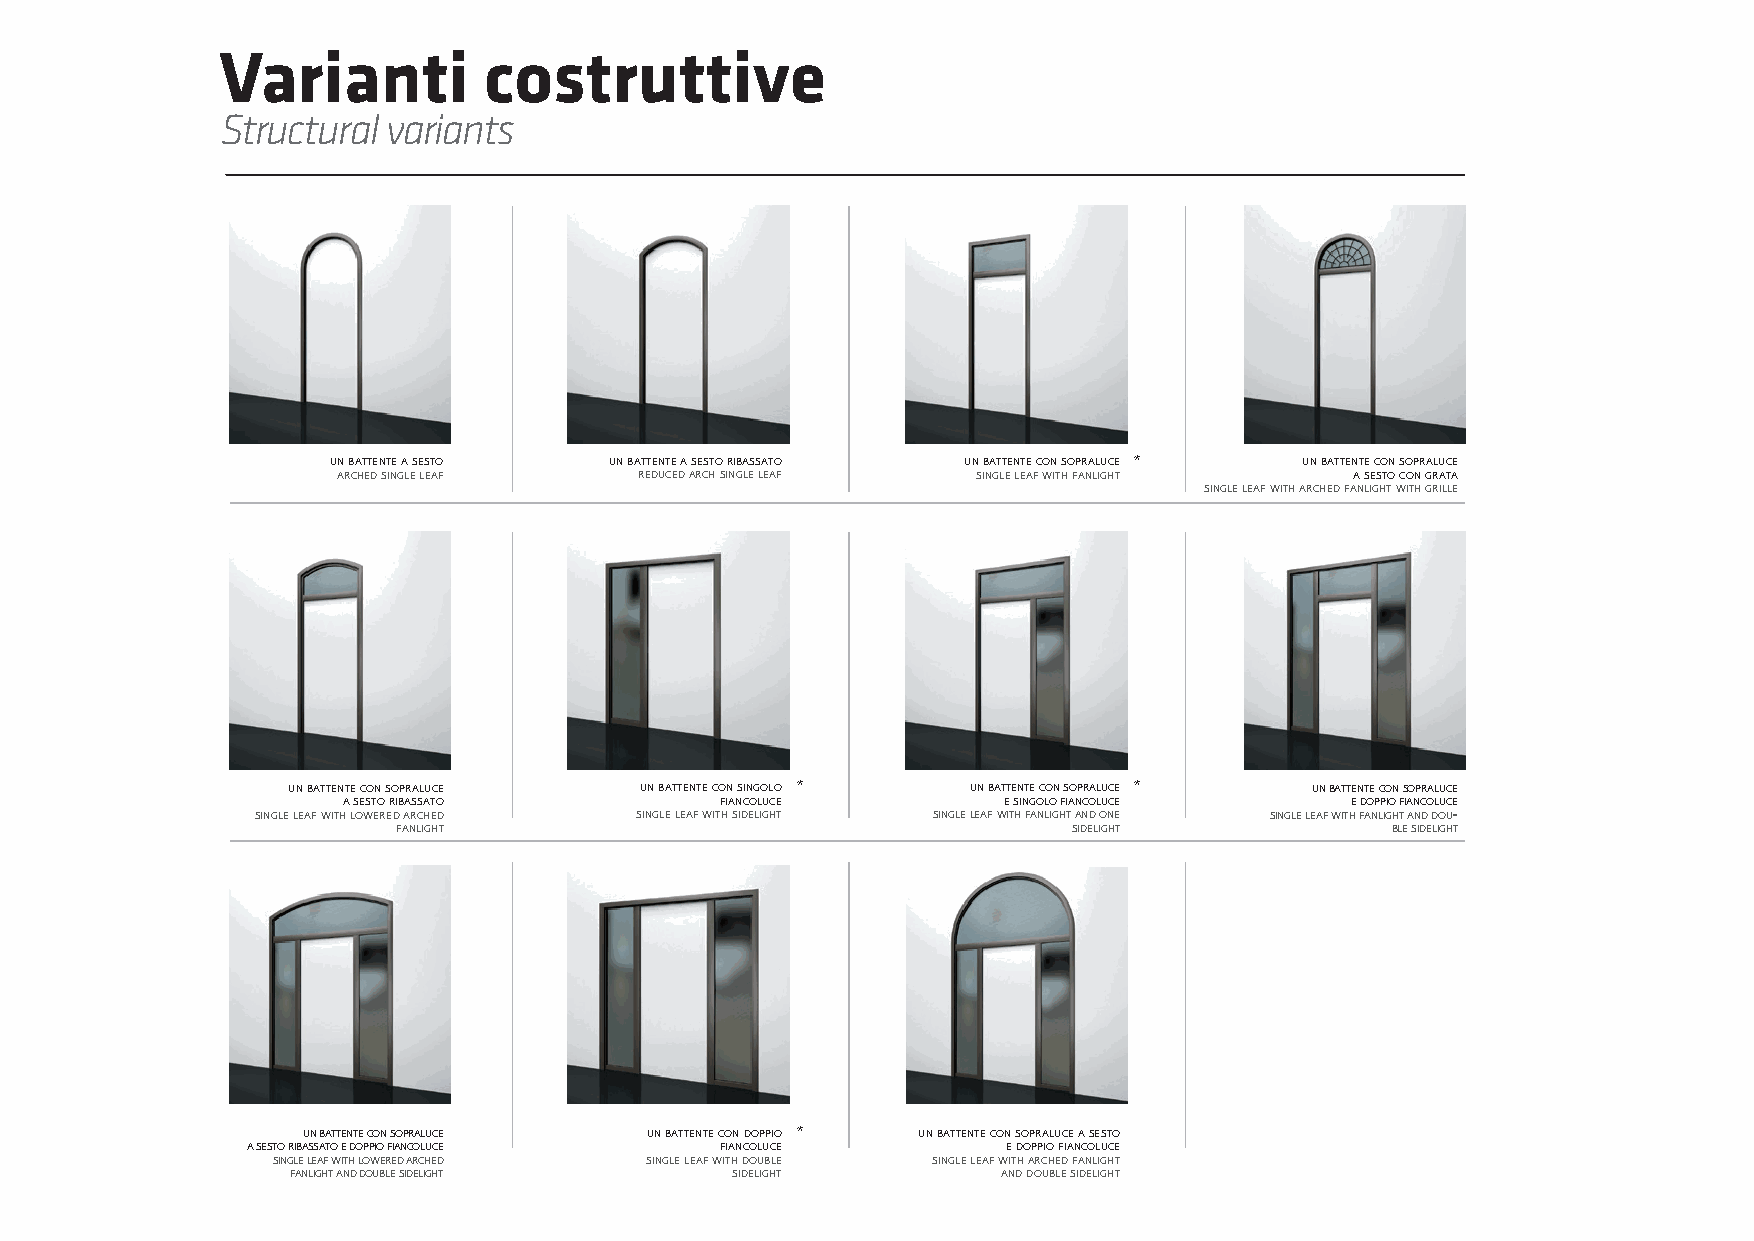
24
 Varianti         costruttive
 Structural variants
 un battente a sesto un battente a sesto ribassato un battente con sopraluce * un battente con sopraluce
 arched single leaf  reduced arch single leaf single leaf with fanlight a sesto con grata
 single leaf with arched fanlight with grille
 un battente con sopraluce un battente con singolo * un battente con sopraluce * un battente con sopraluce
 a sesto ribassato        fiancoluce        e singolo fiancoluce   e doppio fiancoluce
 single leaf with lowered arched single leaf with sidelight single leaf with fanlight and one single leaf with fanlight and dou-
 fanlight                                     sidelight            ble sidelight
 un battente con sopraluce un battente con doppio * un battente con sopraluce a sesto
 a sesto ribassato e doppio fiancoluce fiancoluce   e doppio fiancoluce
 single leaf with lowered arched single leaf with double single leaf with arched fanlight
 fanlight and double sidelight sidelight        and double sidelight